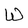
Character: W